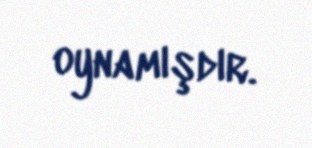
oynamışdır.